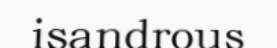
isandrous